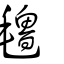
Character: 氌